Civil Veterinary Dept. North-West Frontier Province 1901-22 - 1901-1922
Year: 1901
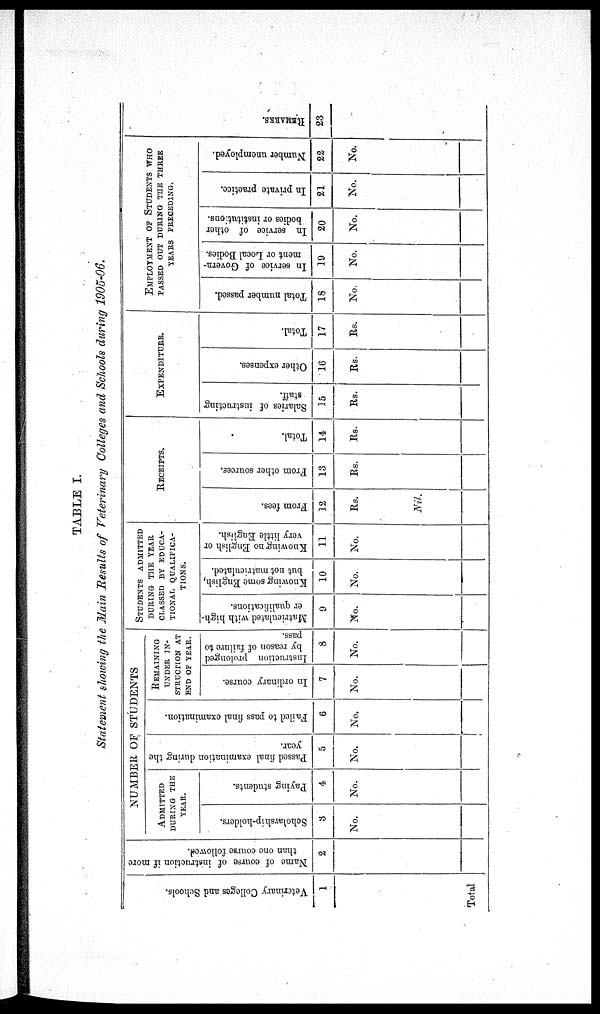
TABLE I.
Statement showing the Main Results of Veterinary Colleges and Schools during 1905-06.
Vet er i
nar y Colleges and Schools.
1
Total
Na me of c o u r s e of i
ns t
r uct i
on if more
than one cour s e followed.
2
NUMBER OF STUDENTS
ADMITTED
DURING THE
YEAR.
Scholarship-holders.
3
No.
Paying students.
4
No.
Passed final examination during the
year.
5
No.
Failed to pass final examination.
6
No.
REMAINING
UNDER IN-
STRUCTION AT
END OF YEAR.
In ordinary course.
7
No.
Instruction prolonged
by reason of failure to
pass.
8
No.
STUDENTS ADMITTED
DURING THE YEAR
CLASSED BY EDUCA-
------
QUALIFICA-
TIONS.
Matriculated with high-
er qualifications.
9
No.
Knowing some English,
but not matriculated.
10
No.
Knowing no English or
very little English.
11
No.
RECEIPTS.
From fees.
12
Rs.
Nil.
From other sources.
13
Rs.
Total.
14
Rs.
EXPENDITURE.
Salaries of instructing
staff.
15
Rs.
Other expenses.
16
Rs.
Total.
17
Rs.
EMPLOYMENT
OF
STUDENTS WHO
PASSED OUT DURING THE THREE
YEARS
PRECEDING.
Total number passed.
18
No.
In service of Govern-
ment or Local Bodies.
19
No.
In service of other
bodies or institut ons.
20
No.
In private practice.
21
No.
Number unemployed.
22
No.
REMARKS .
23